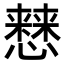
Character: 𢣡